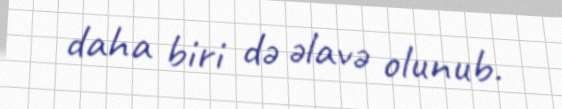
daha biri də əlavə olunub.